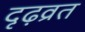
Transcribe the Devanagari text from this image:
दृढ़व्रत